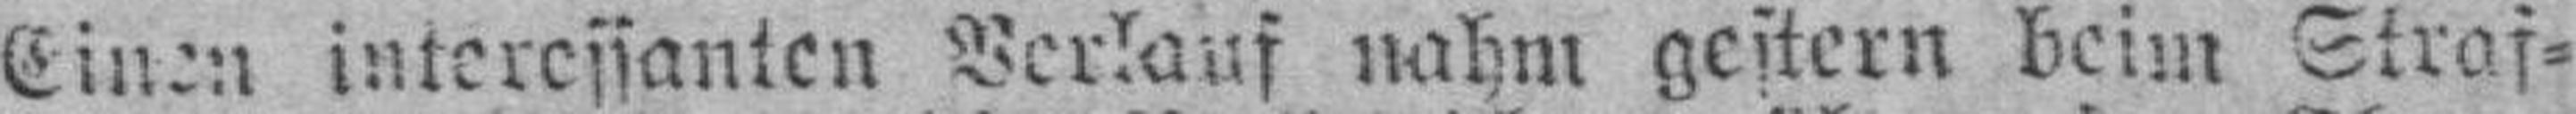
Einen interessanten Verkauf nahm gestern beim Straf¬